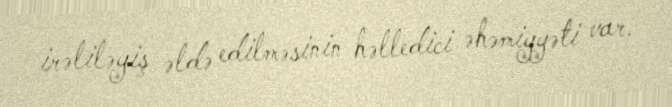
irəliləyiş əldə edilməsinin həlledici əhəmiyyəti var.